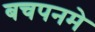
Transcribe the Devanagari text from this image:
बचपनमे